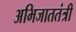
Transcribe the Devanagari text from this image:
अभिजाततंत्री